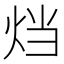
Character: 𤇻